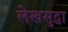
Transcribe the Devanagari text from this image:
लेखसुद्धा